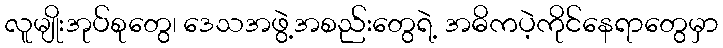
လူမျိုးအုပ်စုတွေ၊ ဒေသအဖွဲ့အစည်းတွေရဲ့ အဓိကပဲ့ကိုင်နေရာတွေမှာ